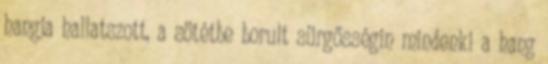
hangja hallatszott, a sötétbe borult sürgősségin mindenki a hang